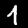
Digit: 1